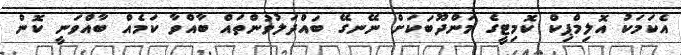
އެކަމަކު އޮލިމްޕިކް ކޮމިޓީގެ މަންދޫބަކަށް ނޭނގޭ ބައްދަލުވުންތައް ބާއްވާ ކަމެއް ބާއްވަނީ ކޮން